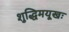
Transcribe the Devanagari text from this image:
शुद्धिमयूखः